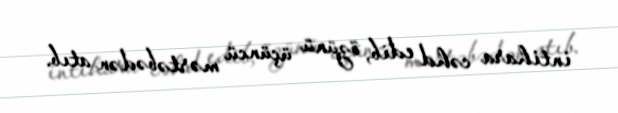
intihara cəhd edib, özünü üçüncü mərtəbədən atıb.